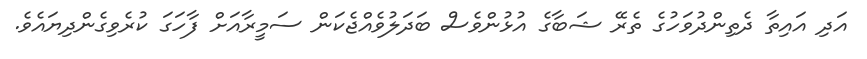
އަދި އައިތާ ދެތިންދުވަހުގެ ތެރޭ ޝަބާގެ އުޅުންވެސް ބަދަލުވެއްޖެކަން ސަމީރާއަށް ފާހަގަ ކުރެވިގެންދިޔައެވެ.